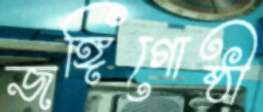
জঙ্গিগোষ্ঠী